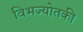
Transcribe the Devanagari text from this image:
विभज्योतकी